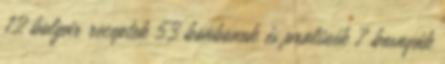
12 bolgár receptek 53 bonbonok és pralinék 7 bosnyák